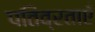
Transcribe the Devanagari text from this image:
पतिव्रताएँ